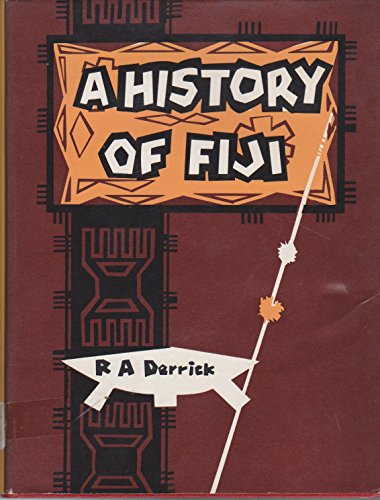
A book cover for A History of Fiji: Volume One; R.A. Derrick; History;